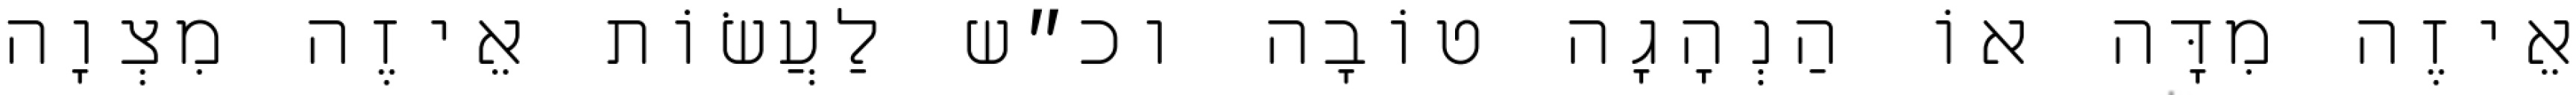
אֵיזֶה מִדָּה אוֹ הַנְהָגָה טוֹבָה וכ״ש לַעֲשׂוֹת אֵיזֶה מִצְוָה